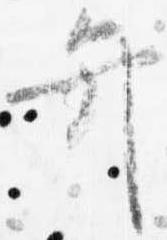
弁